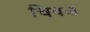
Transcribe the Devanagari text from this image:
चिवल